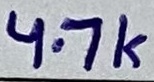
Text: 4.7K